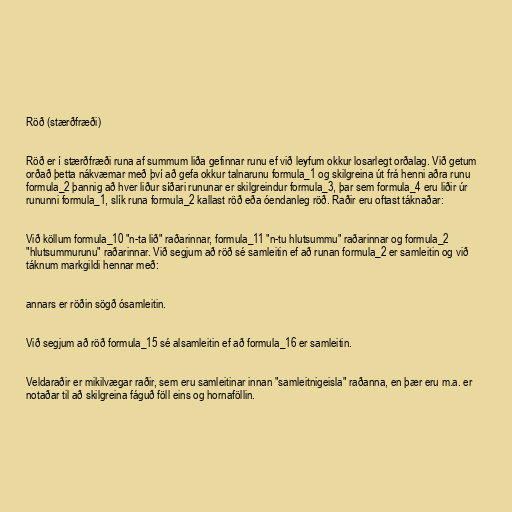
Röð (stærðfræði)

Röð er í stærðfræði runa af summum liða gefinnar runu ef við leyfum okkur losarlegt orðalag. Við getum
orðað þetta nákvæmar með því að gefa okkur talnarunu formula_1 og skilgreina út frá henni aðra runu
formula_2 þannig að hver liður síðari rununar er skilgreindur formula_3, þar sem formula_4 eru liðir úr
rununni formula_1, slík runa formula_2 kallast röð eða óendanleg röð. Raðir eru oftast táknaðar:

Við köllum formula_10 "n-ta lið" raðarinnar, formula_11 "n-tu hlutsummu" raðarinnar og formula_2
"hlutsummurunu" raðarinnar. Við segjum að röð sé samleitin ef að runan formula_2 er samleitin og við
táknum markgildi hennar með:

annars er röðin sögð ósamleitin.

Við segjum að röð formula_15 sé alsamleitin ef að formula_16 er samleitin.

Veldaraðir er mikilvægar raðir, sem eru samleitinar innan "samleitnigeisla" raðanna, en þær eru m.a. er
notaðar til að skilgreina fáguð föll eins og hornaföllin.